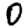
Digit: 0